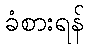
ခံစားရန်